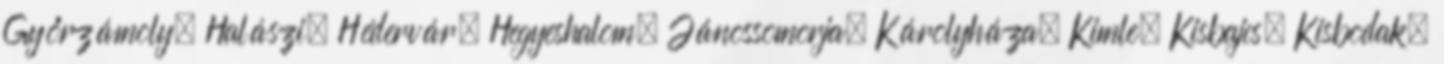
Győrzámoly, Halászi, Hédervár, Hegyeshalom, Jánossomorja, Károlyháza, Kimle, Kisbajcs, Kisbodak,